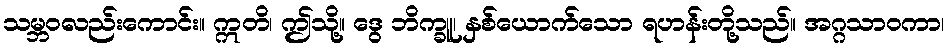
သမ္ဘဝလည်းကောင်း။ ဣတိ၊ ဤသို့။ ဒွေ ဘိက္ခူ၊ နှစ်ယောက်သော ရဟန်းတို့သည်။ အဂ္ဂသာဝကာ၊